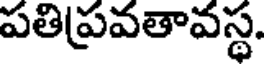
పతిప్రవతావస్థ.